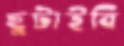
ছুটাইবি